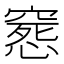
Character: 𥧛